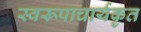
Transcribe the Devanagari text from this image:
स्वरूपाचार्यकृत